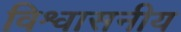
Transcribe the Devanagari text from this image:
विश्वासनीय